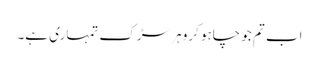
اب تم جو چاہو کرو ہر سڑک تمہاری ہے۔